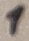
Text: 1